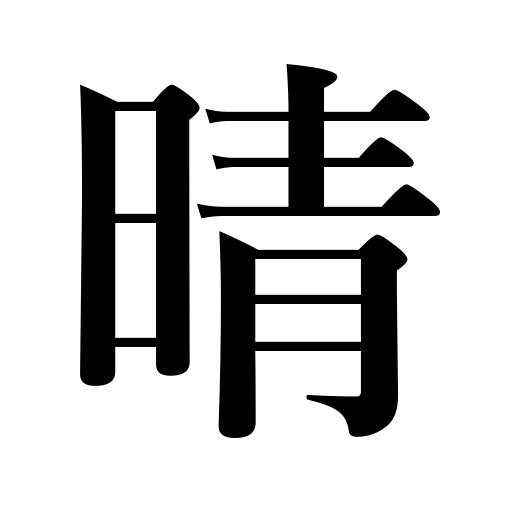
Meanings: doubts vanish,clear up,dispel,refresh oneself,clear away gloom,be refreshed